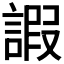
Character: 𧪕